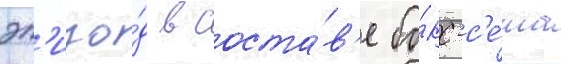
эп'изо́д в соста́в'е бо́кс-с'е́та